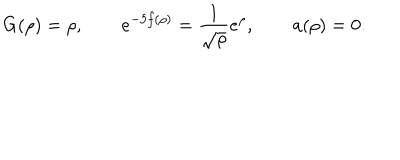
G ( \rho ) = \rho , \qquad e ^ { - 5 f ( \rho ) } = \frac { 1 } { \sqrt { \rho } } e ^ { \rho } , \qquad a ( \rho ) = 0 .